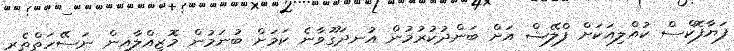
ފަޔާފޮކްސް ކުއްލިއަކަށް ފްލޭޝް އަށް ބަންދުކުރުމުން އުނދަގޫވާނެ ކަމަށް ބުނަމުން މޮޒިއްލާއިން ނަސޭހަތްތެރި